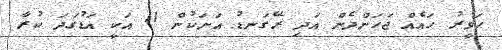
ހަވީރު ހައެއް ޖަހަންދެން އަދި ރޭގަނޑު އަށަކުން 11 އަކީ އަޑުގަދަ ކުރާ